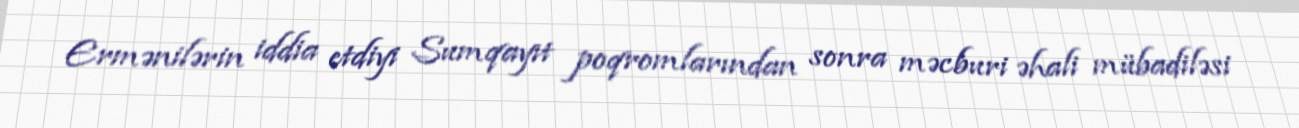
Ermənilərin iddia etdiyi Sumqayıt poqromlarından sonra məcburi əhali mübadiləsi